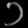
Digit: ၁